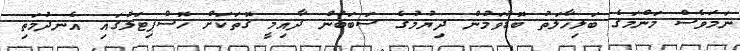
ނަމަވެސް މަންމަގެ ބަލިހާލަތު ބޮޑުވަމުން ދިޔުމުގެ ސަބަބުން ދާއިމީ ގޮތަކަށް ހޮސްޕިޓަލުގައި އެނދުމަތި